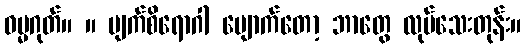
ဓမ္မဂုတ်။ ။ မျက်စိရောဂါ ပျောက်တော့ ဘာတွေ လုပ်သေးတုန်း။